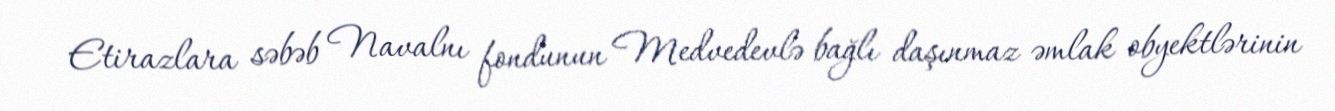
Etirazlara səbəb Navalnı fondunun Medvedevlə bağlı daşınmaz əmlak obyektlərinin